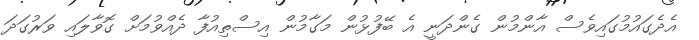
އެދެގައުމުގައިވެސް އާންމުން ގެންދަނީ އެ ބޭފުޅުން މަގާމުން އިސްތިއުފާ ދެއްވުމަށް ގޮވާލައި ވަރުގަދަ